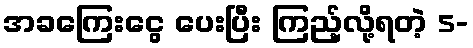
အခကြေးငွေ ပေးပြီး ကြည့်လို့ရတဲ့ 5-